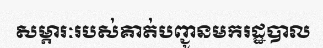
សម្ភារៈរបស់គាត់បញ្ជូនមករដ្ឋបាល